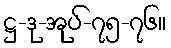
ဋ္ဌ-ဒု-အုပ်-၇၅-၇၆။